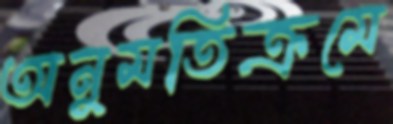
অনুমতিক্রমে